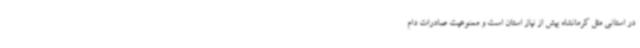
در استانی مثل کرمانشاه بیش از نیاز استان است و ممنوعیت صادرات دام